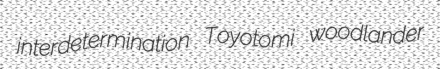
interdetermination Toyotomi woodlander